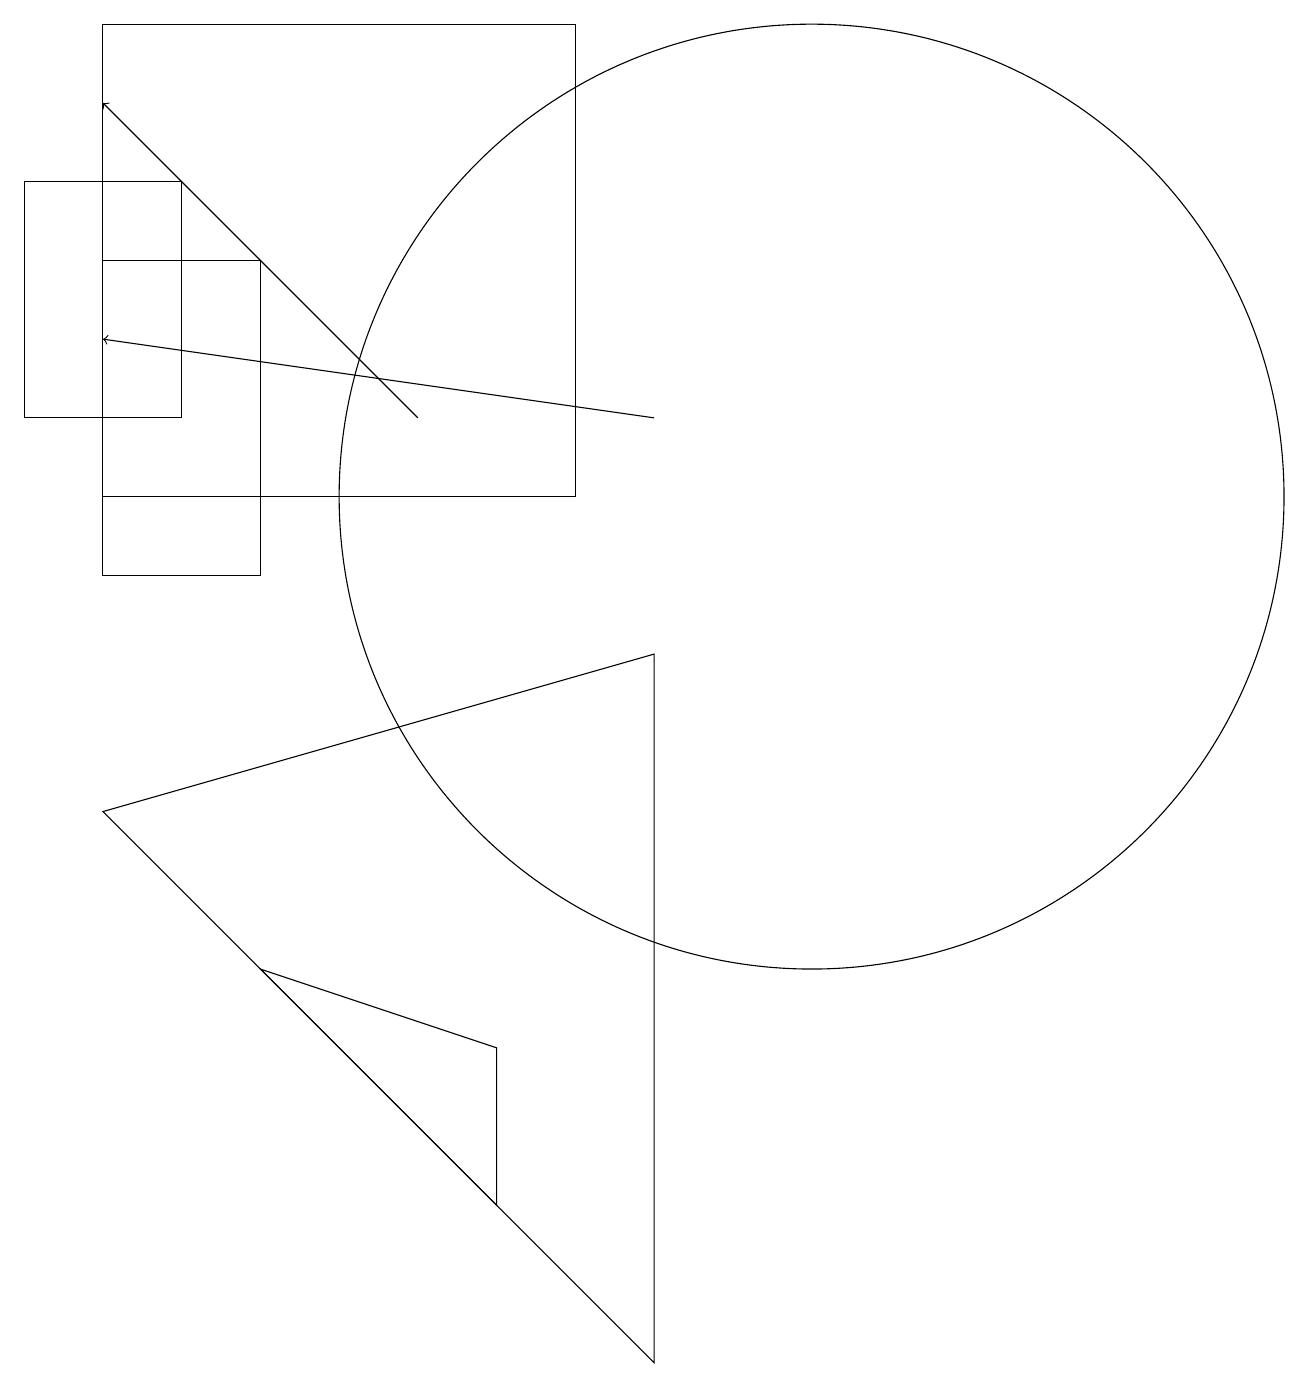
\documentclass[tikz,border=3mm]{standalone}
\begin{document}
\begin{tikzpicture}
\draw (7,2) -- (7,4) -- (4,5) -- cycle;
\draw (11,11) circle (6);
\draw (9,9) -- (2,7) -- (9,0) -- cycle;
\draw[->] (6,12) -- (2,16);
\draw (4,14) rectangle (2,10);
\draw[->] (9,12) -- (2,13);
\draw (3,15) rectangle (1,12);
\draw (2,17) rectangle (8,11);
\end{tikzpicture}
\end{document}